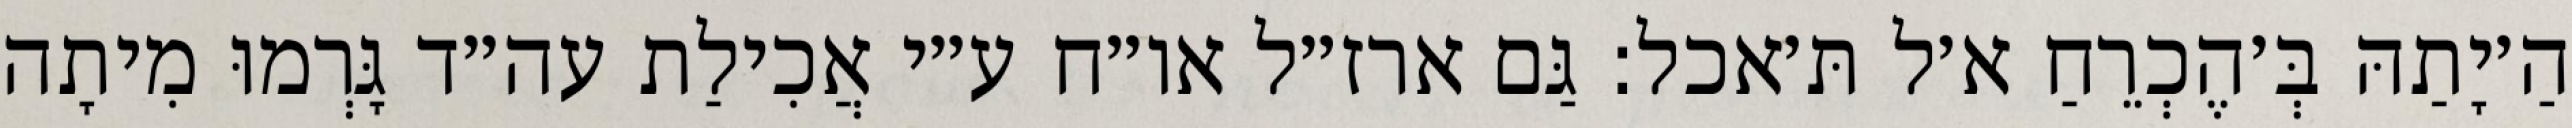
הַ׳יָתַהּ בְּ׳הֶכְרֵחַ א׳ל תּ׳אכל: גַּם ארז״ל או״ח ע״י אֲכִילַת עה״ד גָּרְמוּ מִיתָה